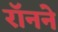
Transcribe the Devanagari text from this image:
रॉनने